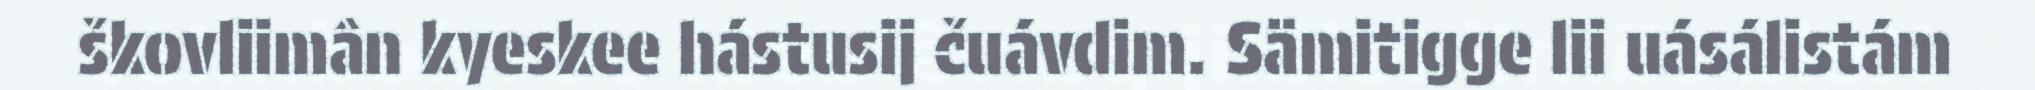
škovliimân kyeskee hástusij čuávdim. Sämitigge lii uásálistám